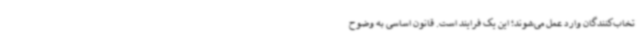
تخاب‌کنندگان وارد عمل می‌شوند؛ این یک فرایند است. قانون اساسی به وضوح